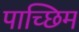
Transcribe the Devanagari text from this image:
पाच्छिम